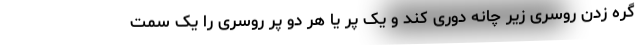
گره زدن روسری زیر چانه دوری کند و یک پَر یا هر دو پر روسری را یک سمت